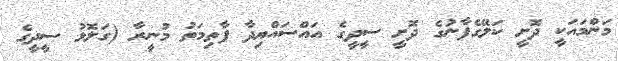
މަންމައަކީ ދޮށީ ކަލޭގެފާނުގެ ދޮށީ ސީދީގެ އައްސައްޔިދާ ފާތިމަތު މުނީރާ (ގަލޮޅު ސީދީގެ